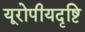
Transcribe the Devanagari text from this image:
यूरोपीयदृष्टि